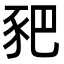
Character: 豝